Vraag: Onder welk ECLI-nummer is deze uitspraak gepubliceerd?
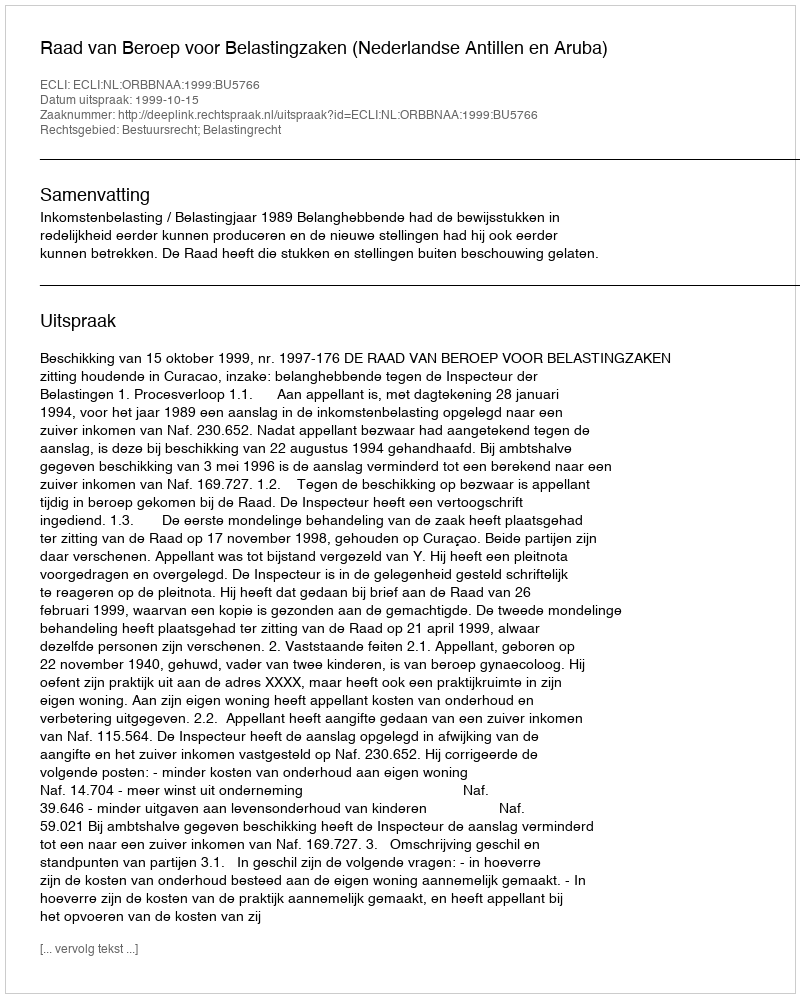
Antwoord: ECLI:NL:ORBBNAA:1999:BU5766